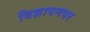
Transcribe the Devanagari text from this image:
विज्ञापनपर